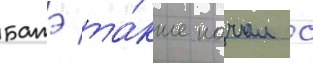
батэ та́кже начал с